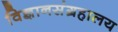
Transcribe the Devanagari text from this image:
विज्ञानसंग्रहालय